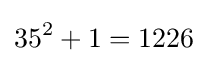
35^{2}+1=1226